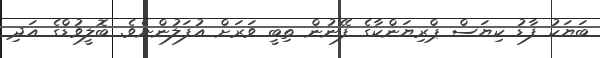
ބަޔަކު ފާޑު ކިޔަސް ޕްރިޔަންކާގެ ފޭނުން ތިބީ ވަރަށް އުފަލުންނެވެ. ބޮލީވުޑްގެ އަދި